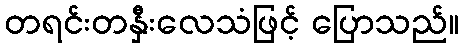
တရင်းတနှီးလေသံဖြင့် ပြောသည်။